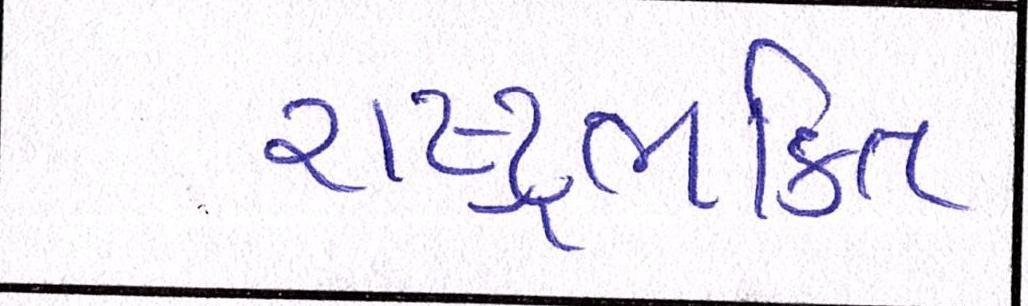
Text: રાષ્ટ્રભક્તિ